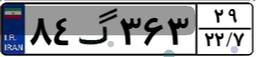
۶۹گ۶۲۳۹۰